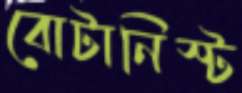
বোটানিস্ট